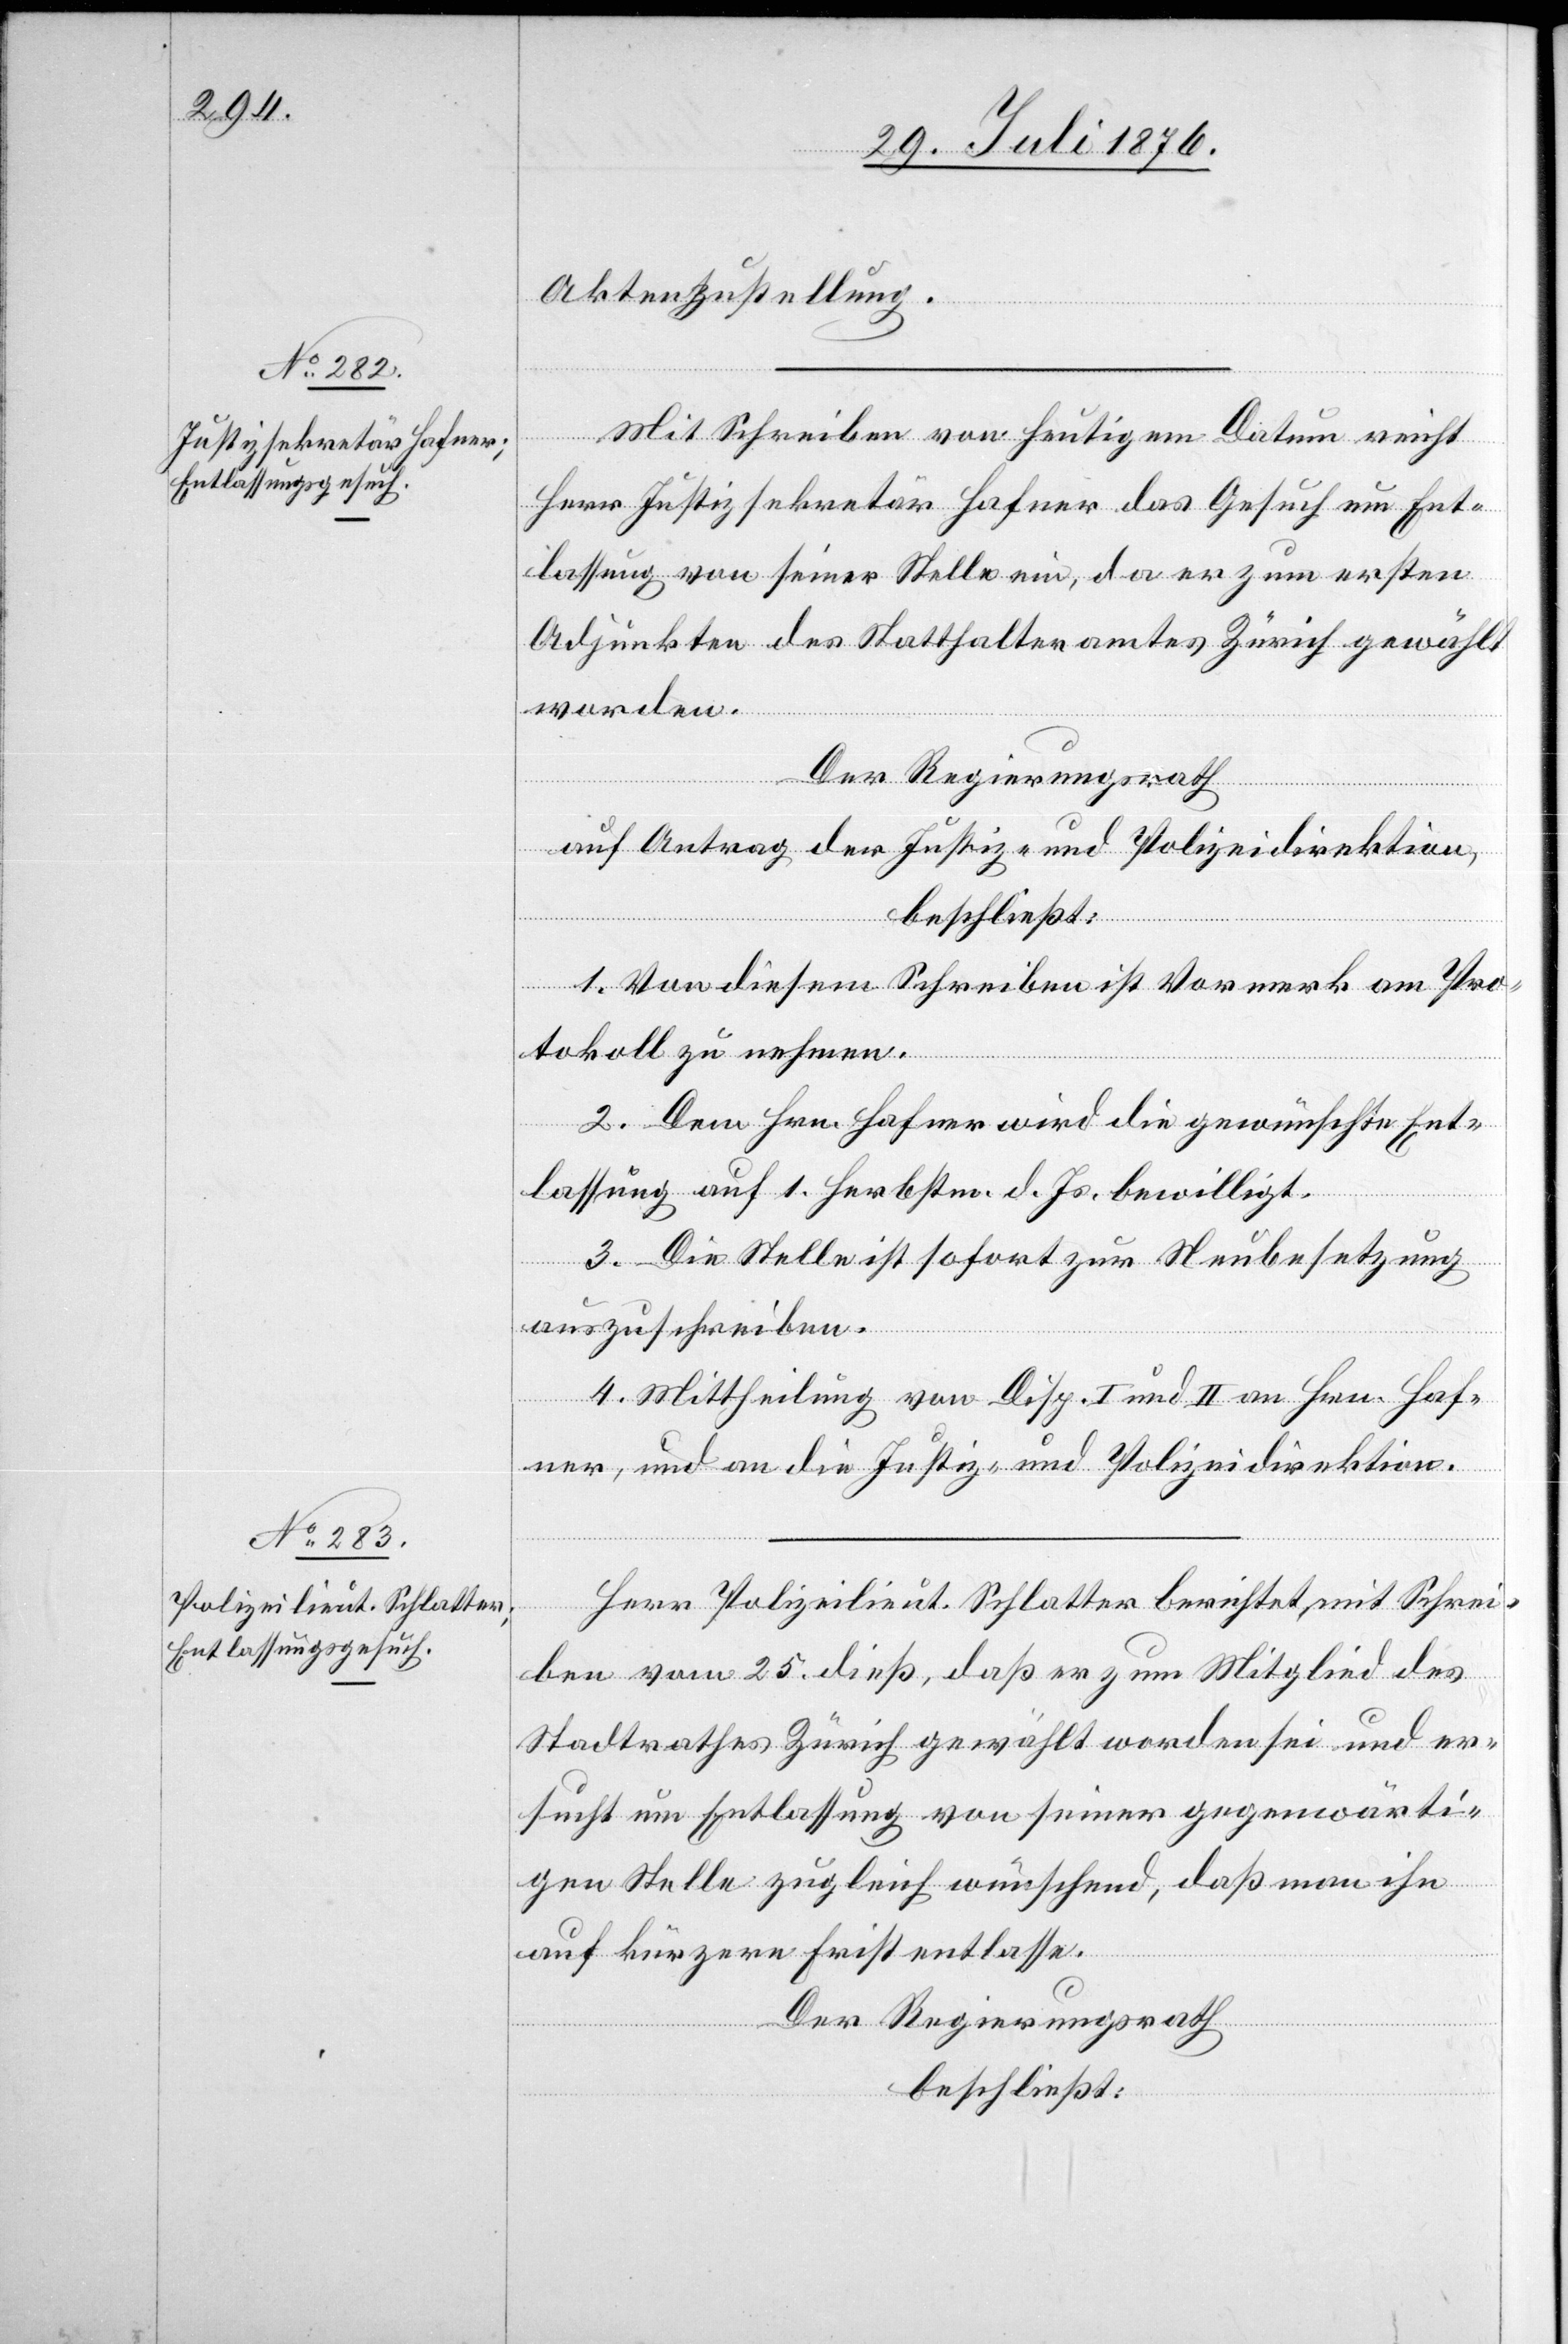
Aktenzustellung.
Mit Schreiben vom heutigen Datum reicht
Herr Justizsekretär Hafner das Gesuch um Ent¬
lassung von seiner Stelle ein, da er zum ersten
Adjunkten des Statthalteramtes Zürich gewählt
worden.
Der Regierungsrath,
auf Antrag der Justiz- und Polizeidirektion,
beschließt:
1. Von diesem Schreiben ist Vormerk am Pro¬
tokoll zu nehmen.
2. Dem Hrn. Hafner wird die gewünschte Ent¬
lassung auf 1. Herbstm. d. Js. bewilligt.
3. Die Stelle ist sofort zur Neubesetzung
auszuschreiben.
4. Mittheilung von Disp. I und II an Hrn. Haf¬
ner, und an die Justiz- und Polizeidirektion.
Herr Polizeilieut. Schlatter berichtet, mit Schrei¬
ben vom 25. dieß, daß er zum Mitglied des
Stadtrathes Zürich gewählt worden sei und er¬
sucht um Entlassung von seiner gegenwärti¬
gen Stelle zugleich wünschend, daß man ihn
auf kürzere Frist entlasse.
Der Regierungsrath
beschließt: